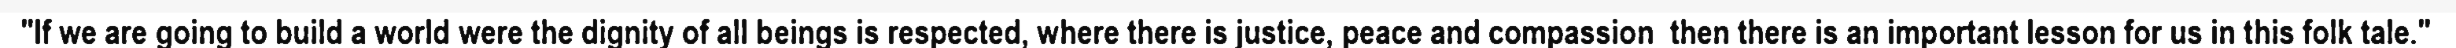
"If we are going to build a world were the dignity of all beings is respected, where there is justice, peace and compassion  then there is an important lesson for us in this folk tale."